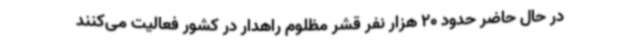
در حال حاضر حدود 20 هزار نفر قشر مظلوم راهدار در کشور فعالیت می‌کنند